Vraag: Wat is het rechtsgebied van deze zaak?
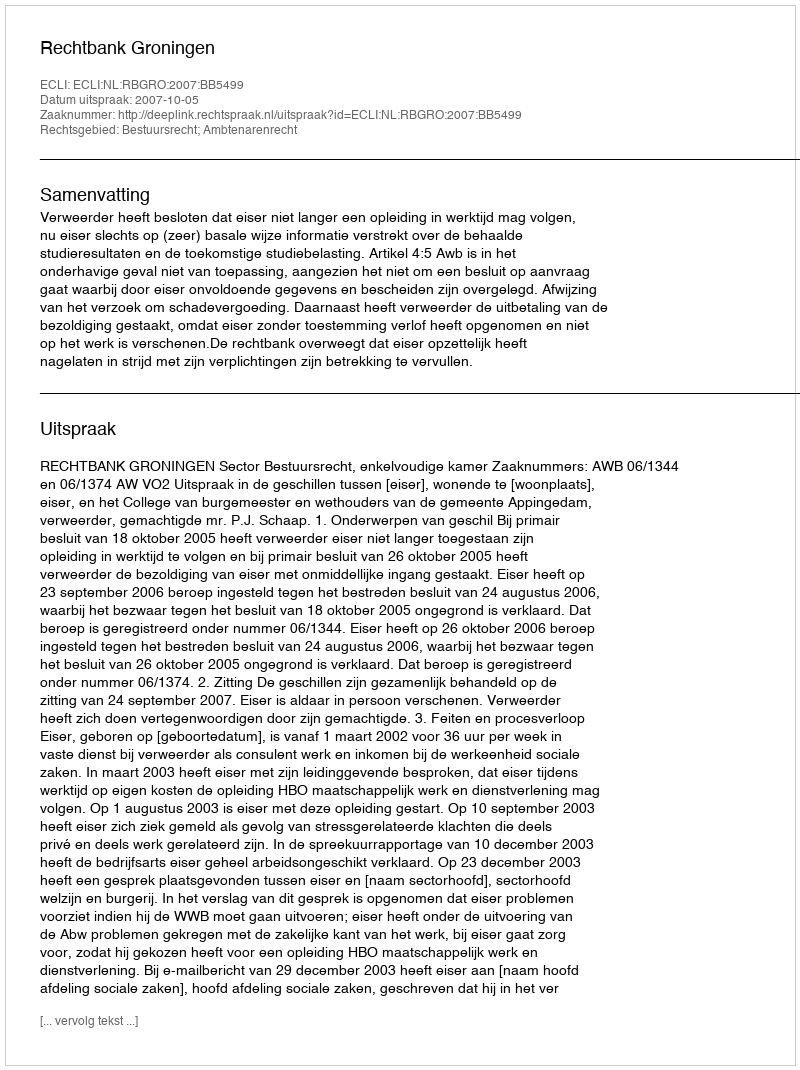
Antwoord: Bestuursrecht; Ambtenarenrecht